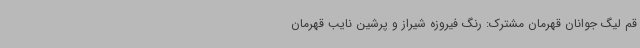
قم لیگ جوانان قهرمان مشترک: رنگ فیروزه شیراز و پرشین نایب قهرمان